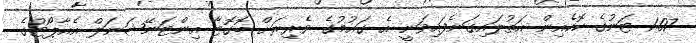
1.07 ޓަނުގެ ކޮކެއިން އަތުލައިގަނެފައިވަނީ އެ ގައުމުގެ ވެރިރަށް ބޮގޮޓާ އިންޓަނޭޝަނަލް އެއާޕޯޓުގެ